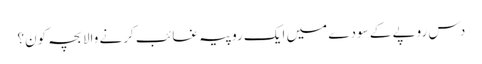
دس روپے کے سودے میں ایک روپیہ غائب کرنے والا بچہ کون؟